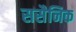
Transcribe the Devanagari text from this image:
ससैनिक